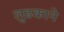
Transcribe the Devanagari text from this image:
लुढकाने